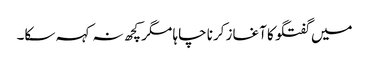
میں گفتگو کا آغاز کرنا چاہا مگر کچھ نہ کہہ سکا۔